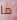
ما